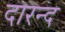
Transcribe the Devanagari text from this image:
दारन्द